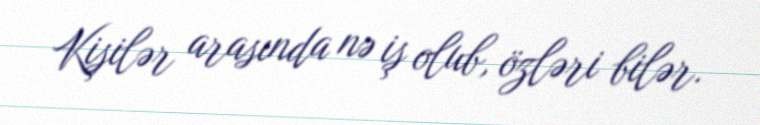
Kişilər arasında nə iş olub, özləri bilər.